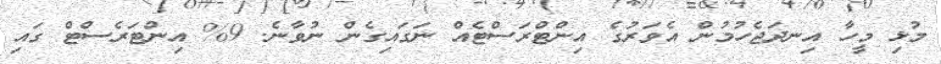
މުޅި މީހާ އިނދަޖެހުމުން އެވަރުގެ އިންޓްރަސްޓެއް ނަގައިގެން ނުވާނެ. 9% އިންޓަރެސްޓް ގައި